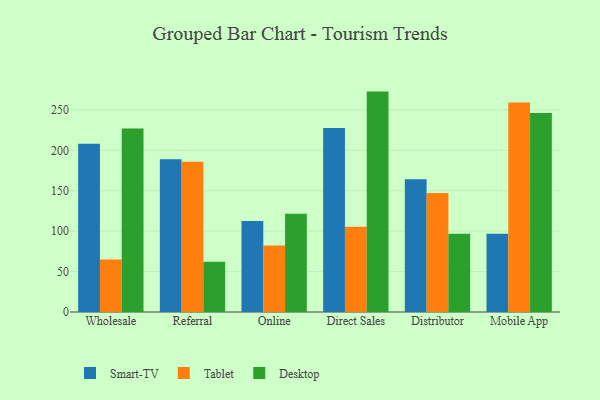
{"axis": {"x": "Channel", "y": "Headcount"}, "legend": ["Desktop", "Smart-TV", "Tablet"], "data": [{"x": "Wholesale", "y": 208.3, "type": "Smart-TV"}, {"x": "Wholesale", "y": 65.1, "type": "Tablet"}, {"x": "Wholesale", "y": 227.1, "type": "Desktop"}, {"x": "Referral", "y": 189.0, "type": "Smart-TV"}, {"x": "Referral", "y": 185.8, "type": "Tablet"}, {"x": "Referral", "y": 62.2, "type": "Desktop"}, {"x": "Online", "y": 112.6, "type": "Smart-TV"}, {"x": "Online", "y": 82.3, "type": "Tablet"}, {"x": "Online", "y": 121.7, "type": "Desktop"}, {"x": "Direct Sales", "y": 227.7, "type": "Smart-TV"}, {"x": "Direct Sales", "y": 105.4, "type": "Tablet"}, {"x": "Direct Sales", "y": 272.7, "type": "Desktop"}, {"x": "Distributor", "y": 164.2, "type": "Smart-TV"}, {"x": "Distributor", "y": 147.3, "type": "Tablet"}, {"x": "Distributor", "y": 96.9, "type": "Desktop"}, {"x": "Mobile App", "y": 96.8, "type": "Smart-TV"}, {"x": "Mobile App", "y": 259.2, "type": "Tablet"}, {"x": "Mobile App", "y": 246.2, "type": "Desktop"}]}